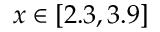
x \in [ 2 . 3 , 3 . 9 ]